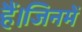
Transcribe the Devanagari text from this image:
हैं।जिनमें